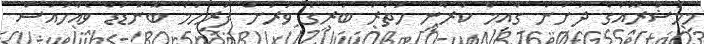
މިމަޝްރޫއުގެ ދަށުން ގާއިމް ކުރާނީ ހަތަރު ބުރީގެ ވަރަށް ފުރިހަމަ ބޮންޑަޑް ވެއާހައުސް